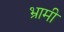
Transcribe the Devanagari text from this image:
भ्रामी